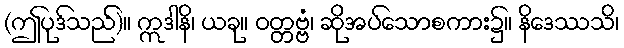
(ဤပုဒ်သည်)။ ဣဒါနိ၊ ယခု။ ဝတ္တဗ္ဗံ၊ ဆိုအပ်သောစကား၌။ နိဒေဿသိ၊